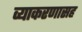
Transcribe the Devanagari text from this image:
व्याकरणासह